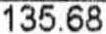
135.68